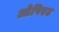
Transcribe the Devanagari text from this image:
ओपिएट